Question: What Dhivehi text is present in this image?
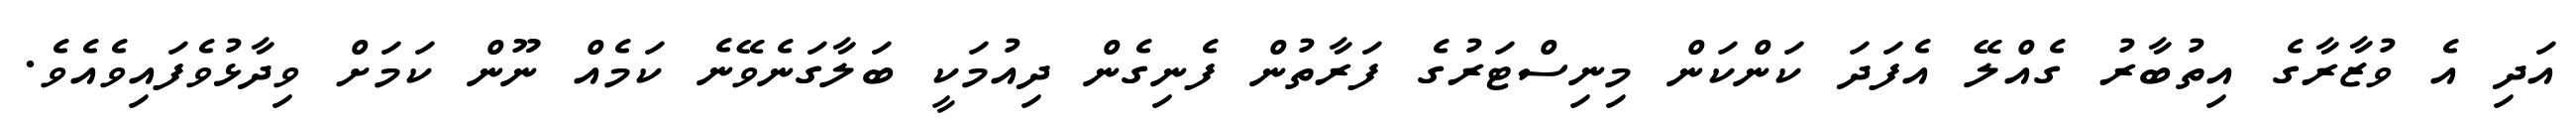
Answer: އަދި އެ ވުޒާރާގެ އިތުބާރު ގެއްލޭ އެފަދަ ކަންކަން މިނިސްޓަރުގެ ފަރާތުން ފެނިގެން ދިއުމަކީ ބަލާގަނެވޭނެ ކަމެއް ނޫން ކަމަށް ވިދާޅުވެފައިވެއެވެ.